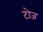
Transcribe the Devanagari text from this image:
टोज